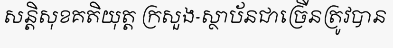
សន្តិសុខគតិយុត្ត ក្រសួង-ស្ថាប័នជាច្រើនត្រូវបាន